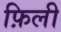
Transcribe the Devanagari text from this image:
फ़िली